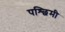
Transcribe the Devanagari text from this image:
पश्छिमी